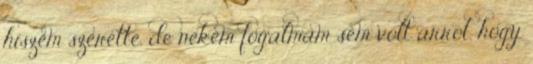
hiszem szerette. de nekem fogalmam sem volt arról, hogy